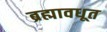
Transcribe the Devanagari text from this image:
ब्रह्मावधूत